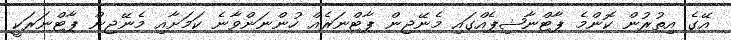
އޭގެ އިތުރުން ކޮންމެ ޕާޓްނާޝިޕެއްގައި މެނޭޖިން ޕާޓްނަރެއް ހުންނަންވާނެ ކަމަށާއި މެނޭޖިން ޕާޓްނަރަކީ